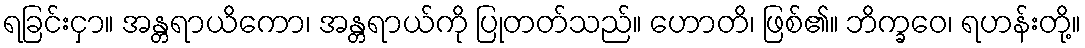
ရခြင်းငှာ။ အန္တရာယိကော၊ အန္တရာယ်ကို ပြုတတ်သည်။ ဟောတိ၊ ဖြစ်၏။ ဘိက္ခဝေ၊ ရဟန်းတို့။